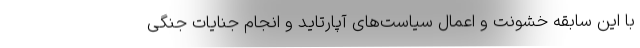
با این سابقه خشونت و اعمال سیاست‌های آپارتاید و انجام جنایات جنگی